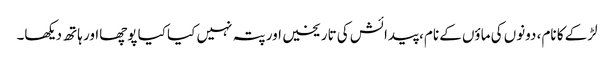
لڑکے کا نام، دونوں کی ماؤں کے نام، پیدائش کی تاریخیں اور پتہ نہیں کیا کیا پوچھااور ہاتھ دیکھا۔